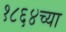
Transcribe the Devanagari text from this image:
१८६४च्या